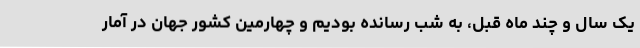
یک سال و چند ماه قبل، به شب رسانده بودیم و چهارمین کشور جهان در آمار